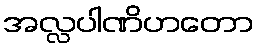
အလ္လပါဏိဟတော